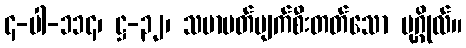
၄-ပါ-၁၁၄၊ ဋ္ဌ-၃၂၊ သမာပတ်ပျက်စီးတတ်သော ပုဂ္ဂိုလ်။